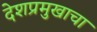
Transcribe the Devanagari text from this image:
देशप्रमुखाचा